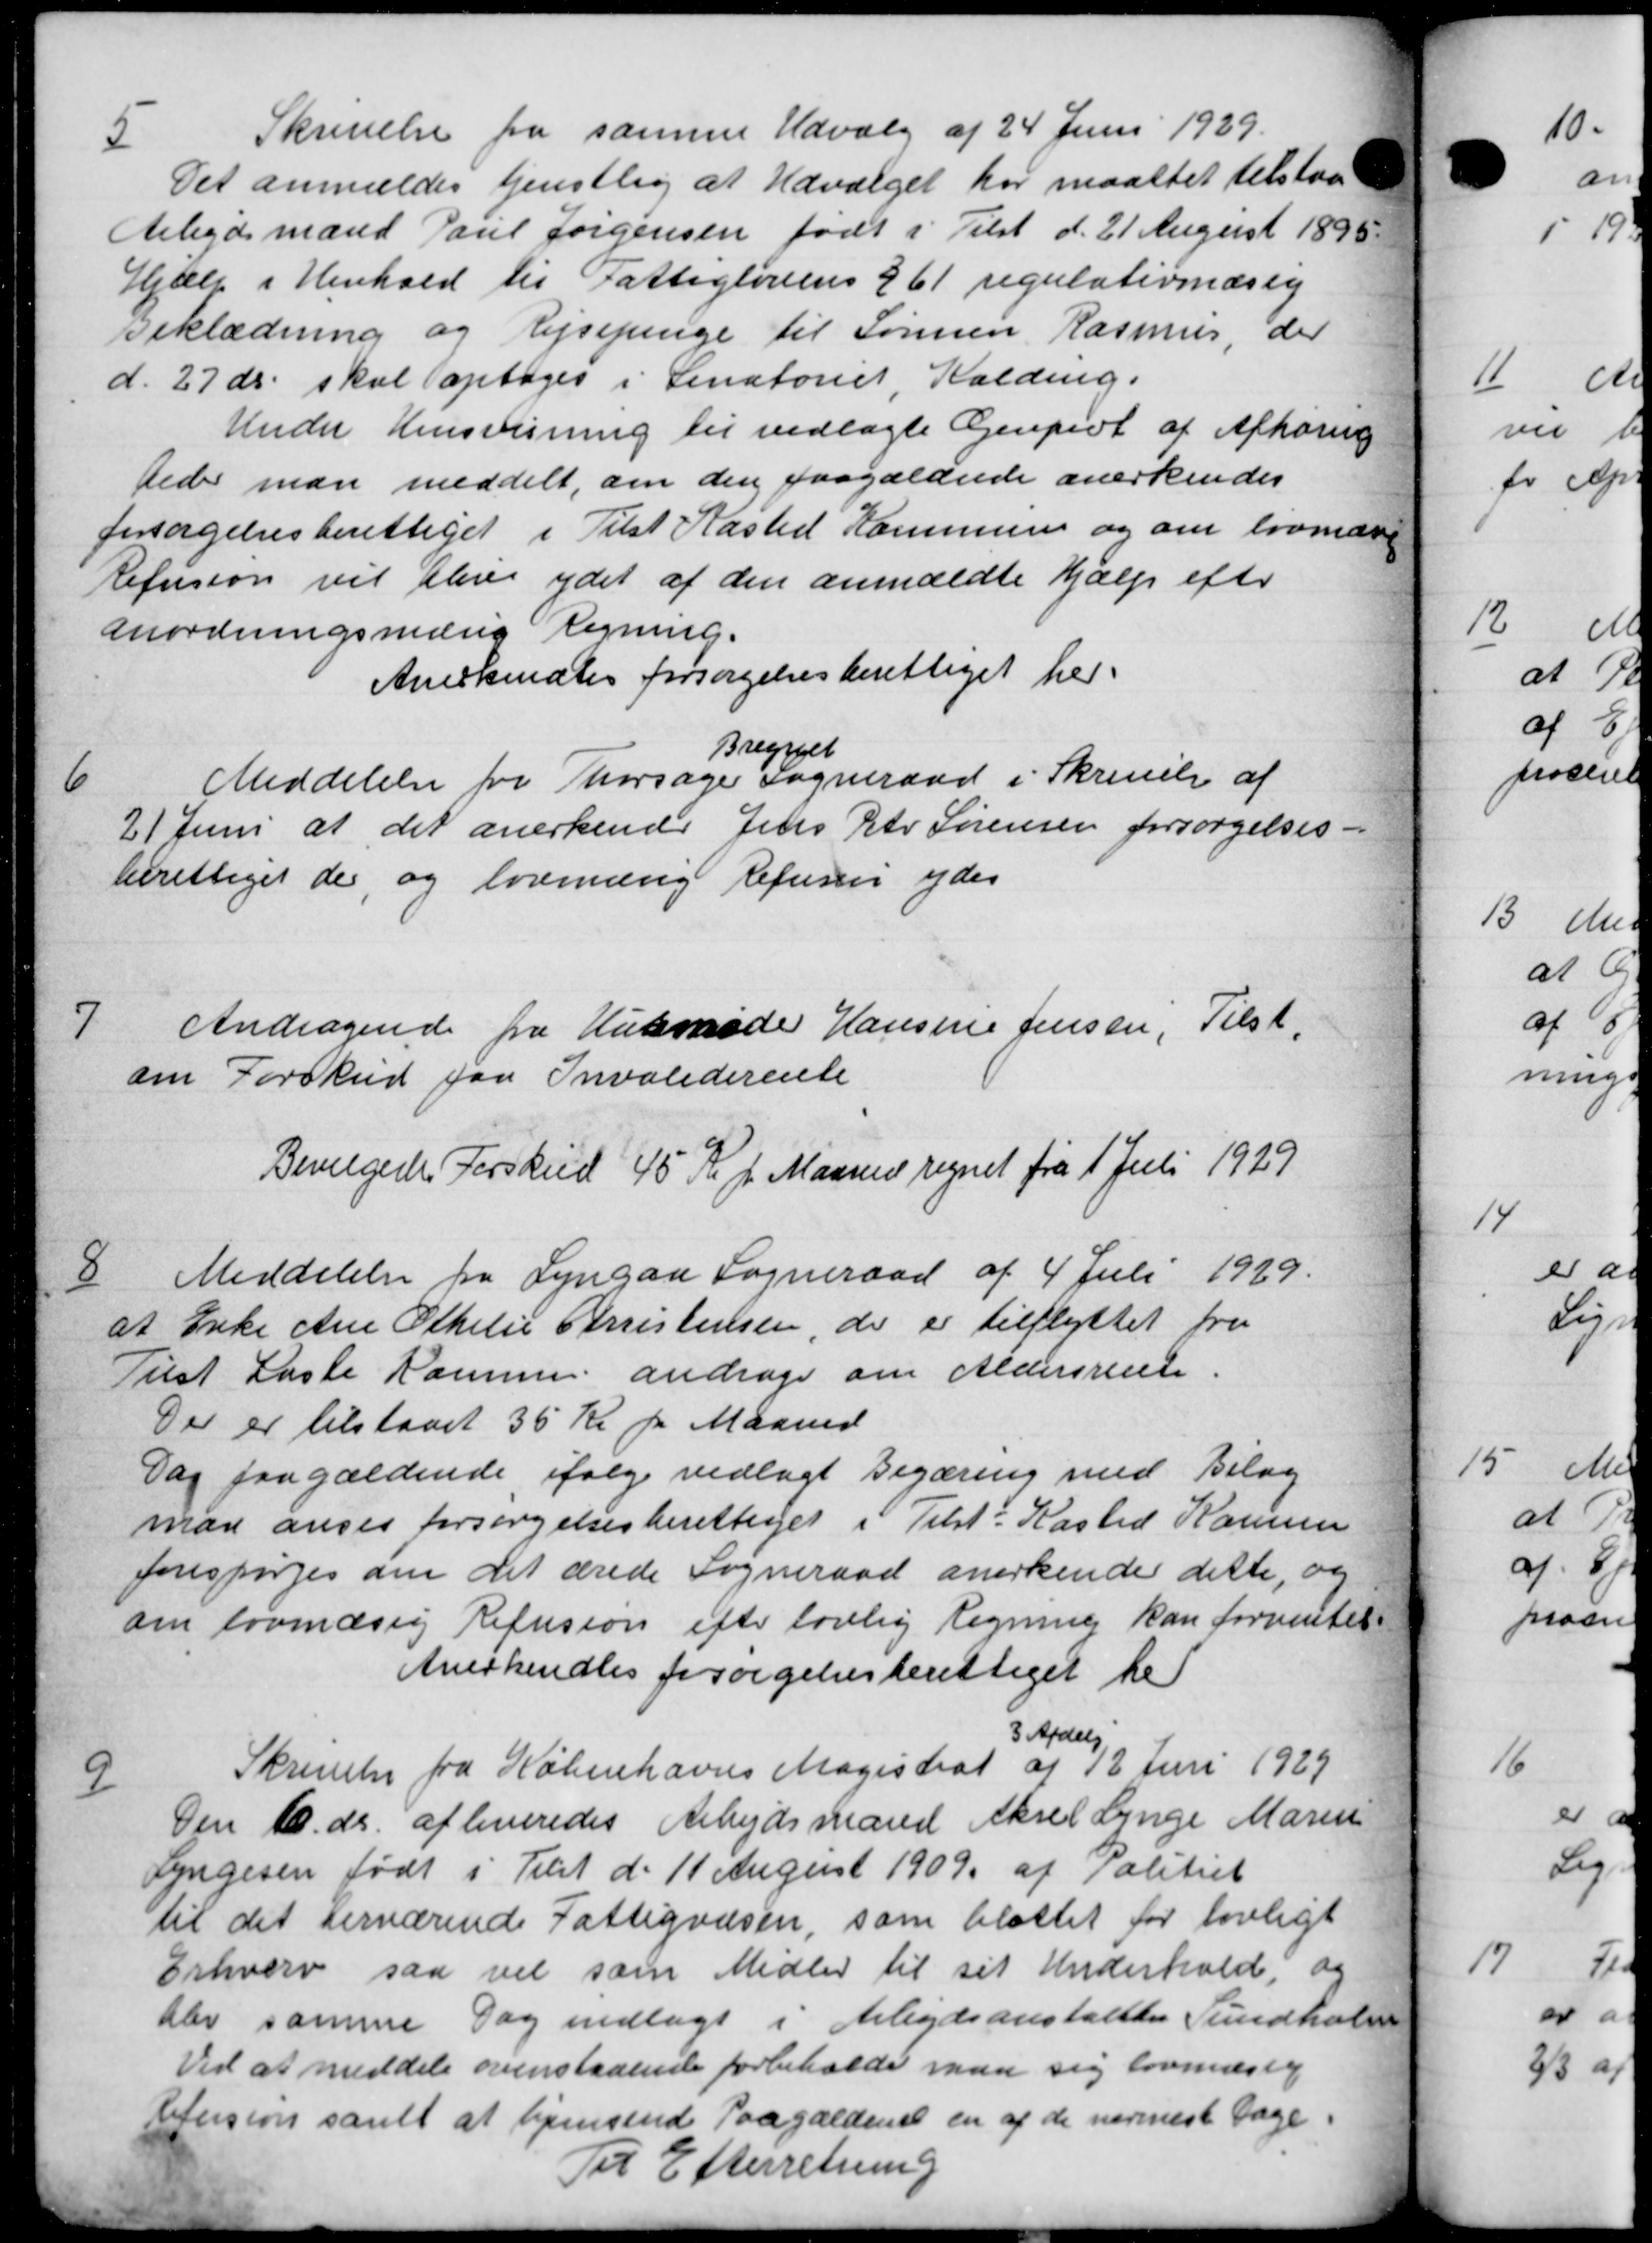
Transskription:
5
Skrivelse fra samme Udvalg af 24 Juni 1929.
Det anmeldes Genstlig at Udvalget har maattet tilstaa
Arbejdsmand Paul Jørgensen født i Tilst d. 21 August 1895.
Hjælp i Henhold til Fattiglovens § 61 regulativmæssig
Beklædning og Ejsepenge til Sønnen Rasmus, der
d. 27 ds. skal optages i Senatoriet, Kolding.
Under Henvisning til vedlagte Gjenpiot af Afhøring
beder man meddelt, om den paagældende anerkendes
forsørgelsesberettiget i Tilst Kasted Kommunen og om lovmæse
Refusion vil blive ydet af den anmeldte Hjælp efter
anordningsmæsig Regning.
Anerkendtes forsørgelsesberettiget her.
Bregnet
6
Meddelelse fra Thorsager Sogneraad i Skrivelse af
21 Juni at det anerkende Jens Peter Sørensen forsørgelses-
berettiget de og lovmæsig Refusion ydes
7
Andragende fra Husmode Hansine Jensen, Tilst.
om Forskud paa Invaliderente
Bevilgedes Forskud 45 Kr pr Maaned regnet fra 1 Juli 1929
8
Meddelelse fra Lyngaa Sogneraad af 4 Juli 1929.
at Enke Ane Othelse Christensen, der er tilflyttet fra
Tilst Kaste Komme andrage om Aldersrente.
Der er tilstaaet 35 Kr pr Maaned
Dag paagældende ifølge vedlagt Begæring med Bilag
man anses forsørgelsesberettiget i Tilst Kasted Kammer
forespørges om det ærede Sogneraad anerkende dette, og
om lovmæsig Refusion efter lovlig Regning kan forventet
Anerkendtes forsørgelsesberettiget her
9
Skrivelse fra Københavns Magistrat
3 Afdelig
af 12 Juni 1929
Den 10 ds. afleveredes Arbejdsmand Aksel Lynge Mariu
Lyngesen født i Tilst d. 11 August 1909 af Politiet
til det herværende Fattigvæsen, som blottet for lovligt
Erhverv saa vil som Midler til sit Underhold, og
Elev samme Dag indlagt i Arbejdsanstaltes Sundholm
Ved at meddele ovenstaaende forbeholde man sig lovmæsteg
Efession samt at hjemsende Paagældende en af de nærmest Dage
Til Efterretning